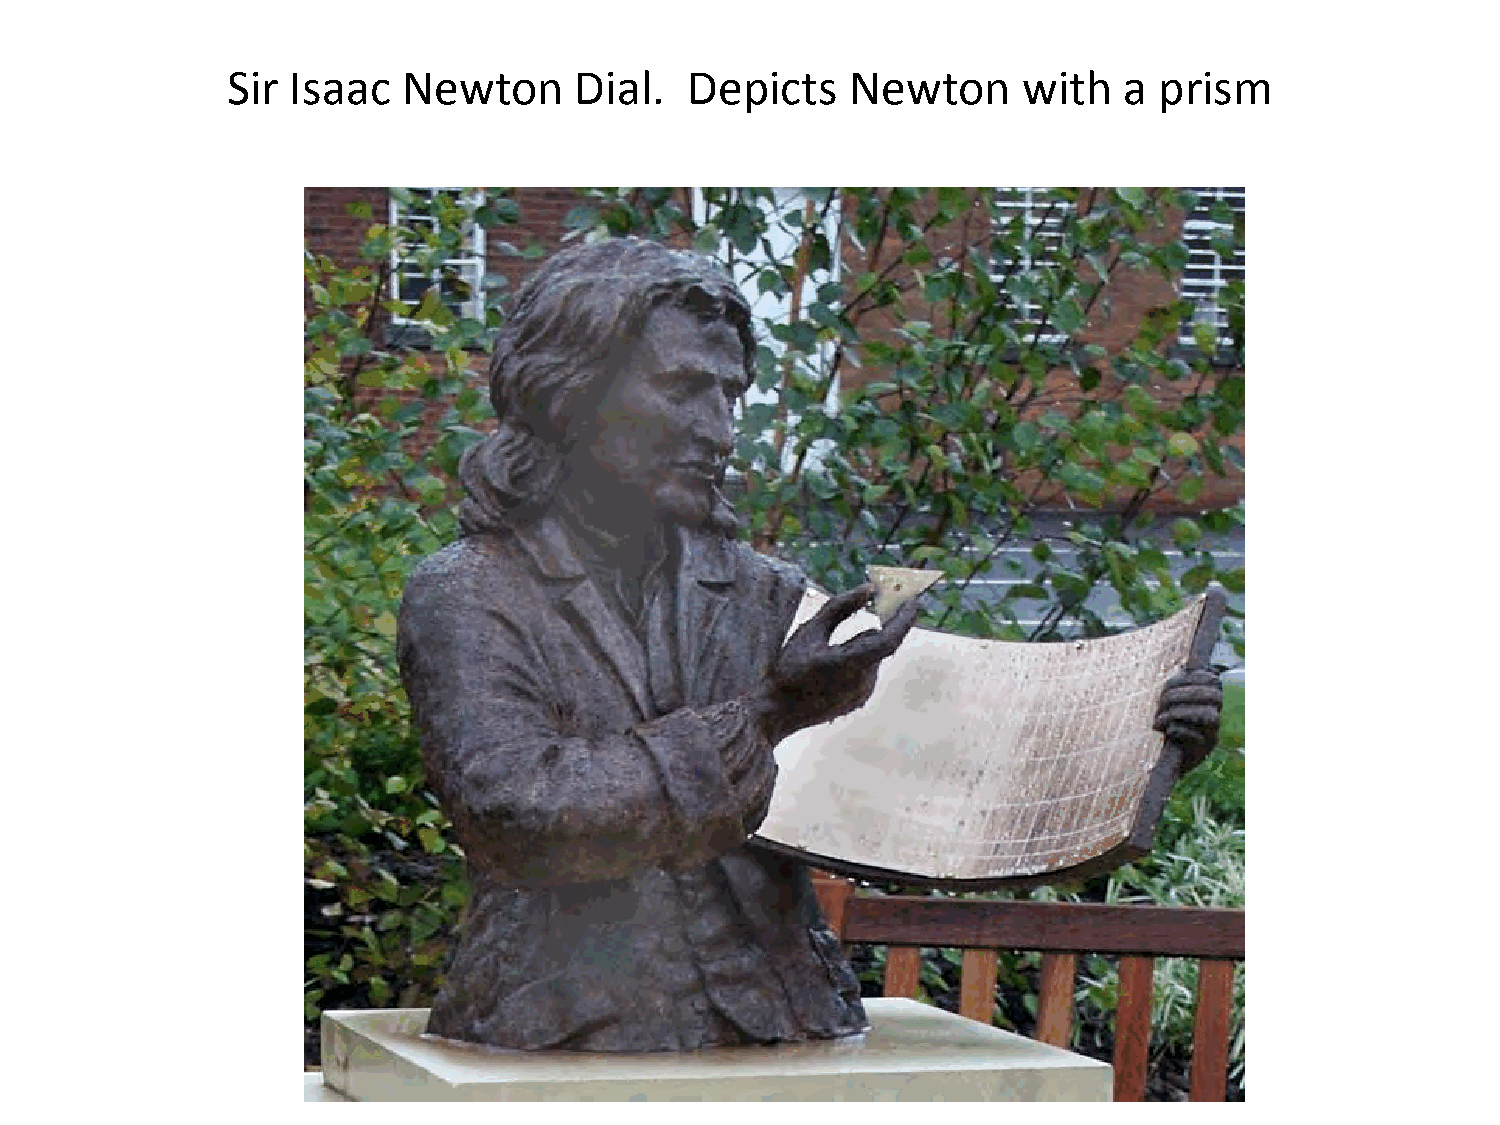
Sir Isaac   Newton     Dial.  Depicts    Newton      with  a  prism